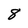
Character: 8